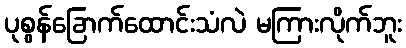
ပုစွန်ခြောက်ထောင်းသံလဲ မကြားလိုက်ဘူး